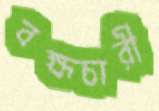
বহ্মচারী